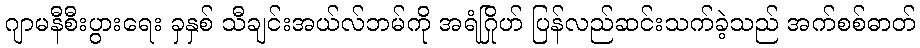
ဂျာမနီစီးပွားရေး ခှနှစ် သီချင်းအယ်လ်ဘမ်ကို အရံဂြိုဟ် ပြန်လည်ဆင်းသက်ခဲ့သည် အက်စစ်ဓာတ်